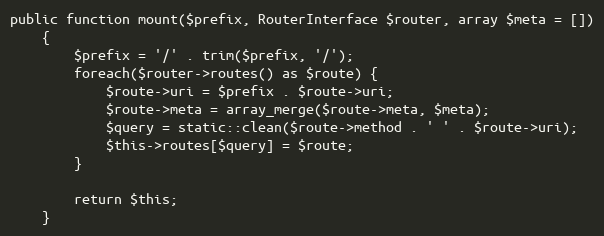
Language: PHP
public function mount($prefix, RouterInterface $router, array $meta = [])
    {
        $prefix = '/' . trim($prefix, '/');
        foreach($router->routes() as $route) {
            $route->uri = $prefix . $route->uri;
            $route->meta = array_merge($route->meta, $meta);
            $query = static::clean($route->method . ' ' . $route->uri);
            $this->routes[$query] = $route;
        }

        return $this;
    }